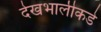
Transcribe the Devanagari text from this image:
देखभालीकडे